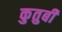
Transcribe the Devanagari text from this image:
कुतुबी